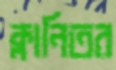
ক্লানিতর